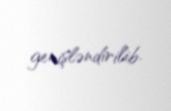
genişləndirilib.